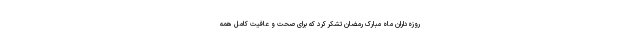
روزه‌داران ماه مبارک رمضان تشکر کرد که برای صحت و عافیت کامل همه